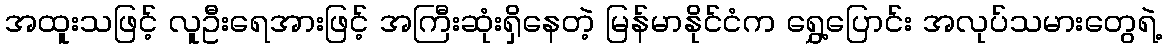
အထူးသဖြင့် လူဦးရေအားဖြင့် အကြီးဆုံးရှိနေတဲ့ မြန်မာနိုင်ငံက ရွှေ့ပြောင်း အလုပ်သမားတွေရဲ့